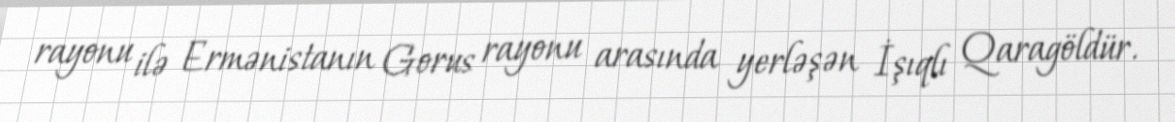
rayonu ilə Ermənistanın Gorus rayonu arasında yerləşən İşıqlı Qaragöldür.